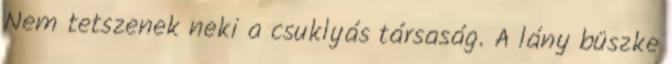
Nem tetszenek neki a csuklyás társaság. A lány büszke